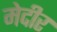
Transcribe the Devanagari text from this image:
मेदीर